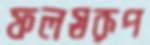
ফলস্বরূপ